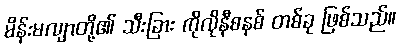
မိန်းမလျာတို့၏ သီးခြား ကိုလိုနီစနစ် တစ်ခု ဖြစ်သည်။